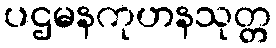
ပဌမနကုဟနသုတ္တ